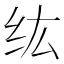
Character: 纮